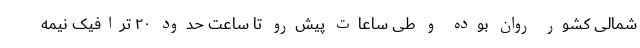
شمالی کشور روان بوده و طی ساعات پیش‌رو تا ساعت حدود ۲۰ ترافیک نیمه